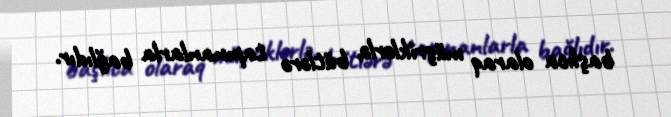
başlıca olaraq müşriklərlə, bütlərə tapınanlarla bağlıdır.